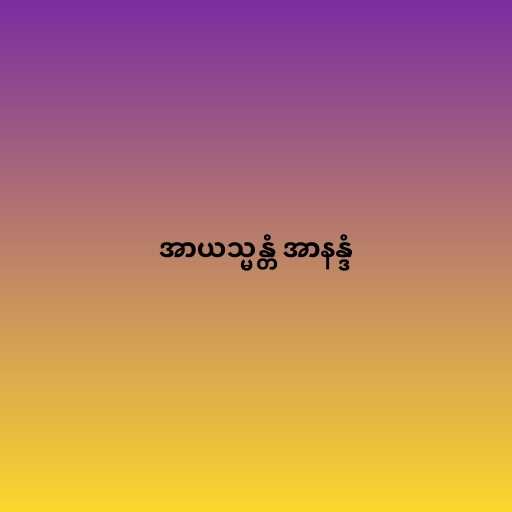
အာယသ္မန္တံ အာနန္ဒံ